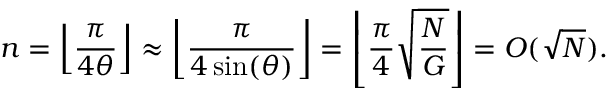
n = \left\lfloor { \frac { \pi } { 4 \theta } } \right\rfloor \approx \left\lfloor { \frac { \pi } { 4 \sin ( \theta ) } } \right\rfloor = \left\lfloor { \frac { \pi } { 4 } } { \sqrt { \frac { N } { G } } } \right\rfloor = O ( { \sqrt { N } } ) .